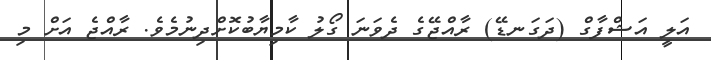
އަލީ އަޝްފާގް (ދަގަނޑޭ) ރާއްޖޭގެ ދެވަނަ ގޯލު ކާމިޔާބުކޮށްދިނުމެވެ. ރާއްޖެ އަށް މި